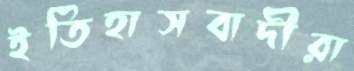
ইতিহাসবাদীরা